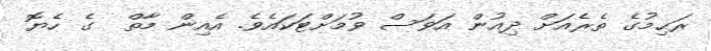
ރަޙިމުގެ ތެރެއަށް ދިއުން އަވަސް ވުމަށްޓަކައެވެ. އެއިން މާތް  ގެ ހެޔޮ